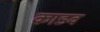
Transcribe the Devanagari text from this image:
काडव